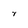
Character: V